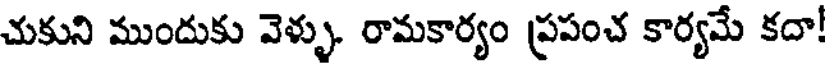
చుకుని ముందుకు వెళ్ళు. రామకార్యం ప్రపంచ కార్యమే కదా!